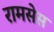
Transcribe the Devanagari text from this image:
रामसेस